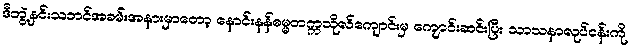
ဒီဘွဲ့နှင်းသဘင်အခမ်းအနားမှာတော့ နောင်းနန်ဓမ္မတက္ကသိုလ်ကျောင်းမှ ကျောင်းဆင်းပြီး သာသနာလုပ်ငန်းကို